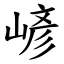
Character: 嵃